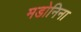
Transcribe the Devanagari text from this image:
मडोनिना